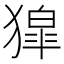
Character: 獔